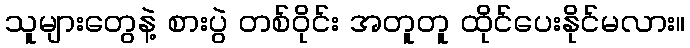
သူများတွေနဲ့ စားပွဲ တစ်ဝိုင်း အတူတူ ထိုင်ပေးနိုင်မလား။